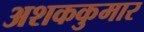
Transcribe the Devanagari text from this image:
अशककुमार